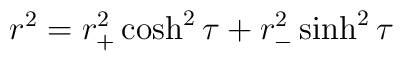
r^2=r_+^2\cosh^2{\tau}+r_-^2\sinh^2{\tau}